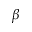
\beta